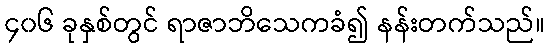
၄၀၆ ခုနှစ်တွင် ရာဇာဘိသေကခံ၍ နန်းတက်သည်။